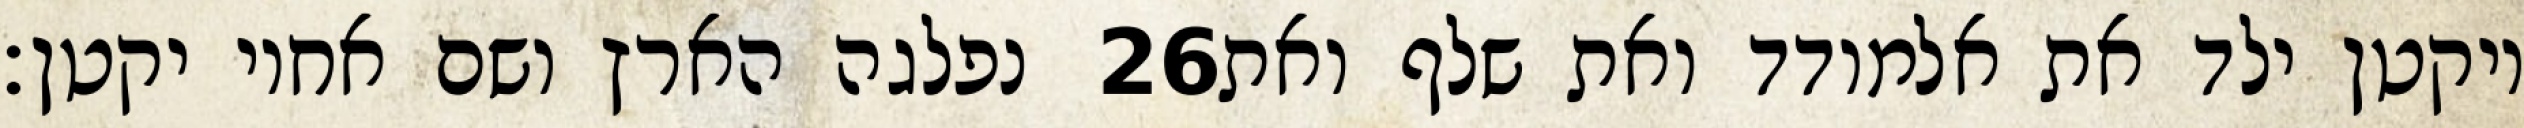
נפלגה הארץ ושם אחיו יקטן׃ ‎26‏ ויקטן ילד את אלמודד ואת שלף ואת